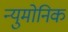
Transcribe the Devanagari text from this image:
न्युमोनिक